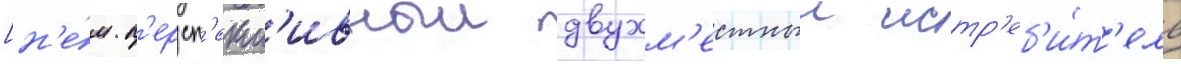
[н'е́м. п'ерсп'ект'ивныи двухм'естныи истр'еб'и́т'ель